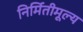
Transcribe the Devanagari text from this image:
निर्मितीमूल्य